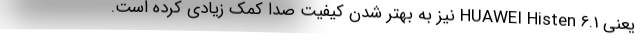
یعنی HUAWEI Histen 6.1 نیز به بهتر شدن کیفیت صدا کمک زیادی کرده است.